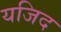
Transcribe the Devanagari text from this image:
यजिद